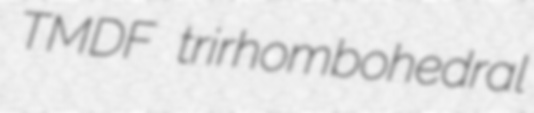
TMDF trirhombohedral